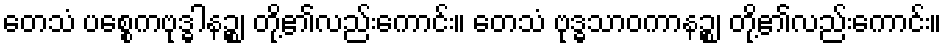
တေသံ ပစ္စေကဗုဒ္ဓါနဉ္စ၊ တို့၏လည်းကောင်း။ တေသံ ဗုဒ္ဓသာဝကာနဉ္စ၊ တို့၏လည်းကောင်း။